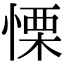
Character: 慄